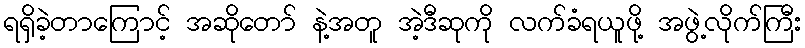
ရရှိခဲ့တာကြောင့် အဆိုတော် နဲ့အတူ အဲ့ဒီဆုကို လက်ခံရယူဖို့ အဖွဲ့လိုက်ကြီး